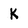
Character: K